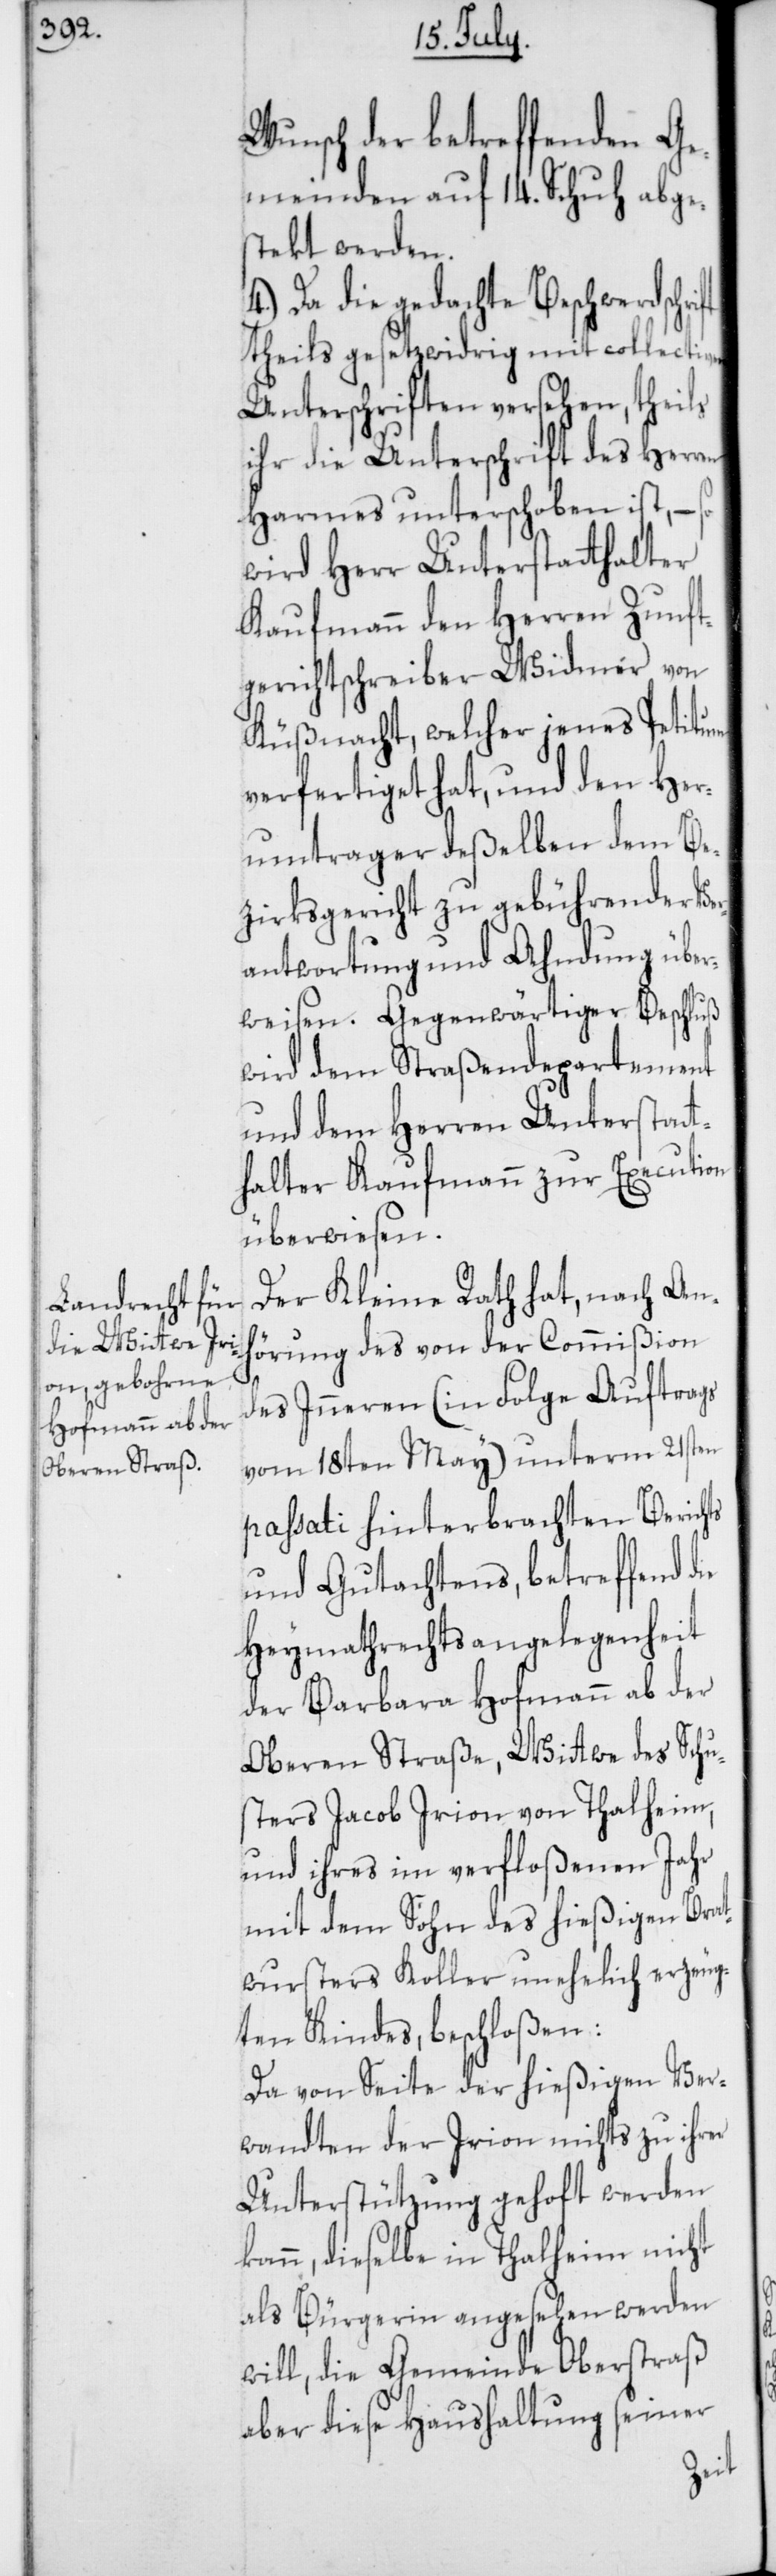
weisen.
Wunsch der betreffenden Ge¬
meinden auf 14. Schuh abge¬
stekt werden.
4.) Da die gedachte Beschwerdschrift
theils gesetzwidrig mit collectiven
Unterschriften versehen, theils
ihr die Unterschrift des Herren
Harmes unterschoben ist, – so
wird Herr Unterstatthalter
Kaufmann den Herren Zunft¬
gerichtschreiber Widmer von
Küßnacht, welcher jenes Petitum
verfertiget hat, und den Her¬
umtrager deßelben dem Be¬
zirksgericht zu gebührender Ver¬
antwortung und Ahndung über¬
wird dem Straßendepartement
und dem Herren Unterstatt¬
halter Kaufmann zur Execution
überwiesen.
Der Kleine Rath hat, nach Anh¬
örung des von der Commißion
des Inneren (in Folge Auftrags
vom 18ten May) unterm 21sten
passati hinterbrachten Berichts
und Gutachtens, betreffend die
Heymathrechtsangelegenheit
der Barbara Hofmann ab der
Oberen Straße, Witwe des Schu¬
sters Jacob Irion von Thalheim,
und ihres im verfloßenen Jahr
mit dem Sohn des hießigen Brat¬
wursters Koller unehelich erzeug¬
ten Kindes, beschloßen:
Da von Seite der hießigen Ver¬
wandten der Irion nichts zu ihrer
Unterstützung gehoft werden
kann, dieselbe in Thalheim nicht
als Bürgerin angesehen werden
will, die Gemeinde Oberstraß
aber diese Haushaltung seiner